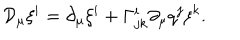
LaTeX: { \cal D } _ { \mu } \xi ^ { i } = \partial _ { \mu } \xi ^ { i } + \Gamma _ { j k } ^ { i } \partial _ { \mu } q ^ { j } \xi ^ { k } .